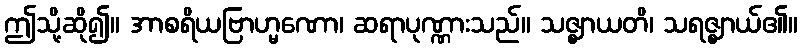
ဤသို့ဆို၍။ အာစရိယဗြာဟ္မဏော၊ ဆရာပုဏ္ဏားသည်။ သဇ္ဈာယတိ၊ သရဇ္ဈာယ်၏။